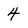
Character: 4